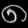
Digit: ၈